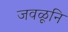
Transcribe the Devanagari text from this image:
जवळूनि